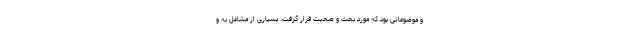
و موضوعاتی بود که مورد بحث و صحبت قرار گرفت. بسیاری از مشاغل به و